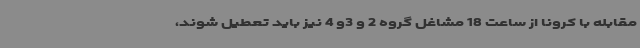
مقابله با کرونا از ساعت 18 مشاغل گروه 2 و 3و 4 نیز باید تعطیل شوند،